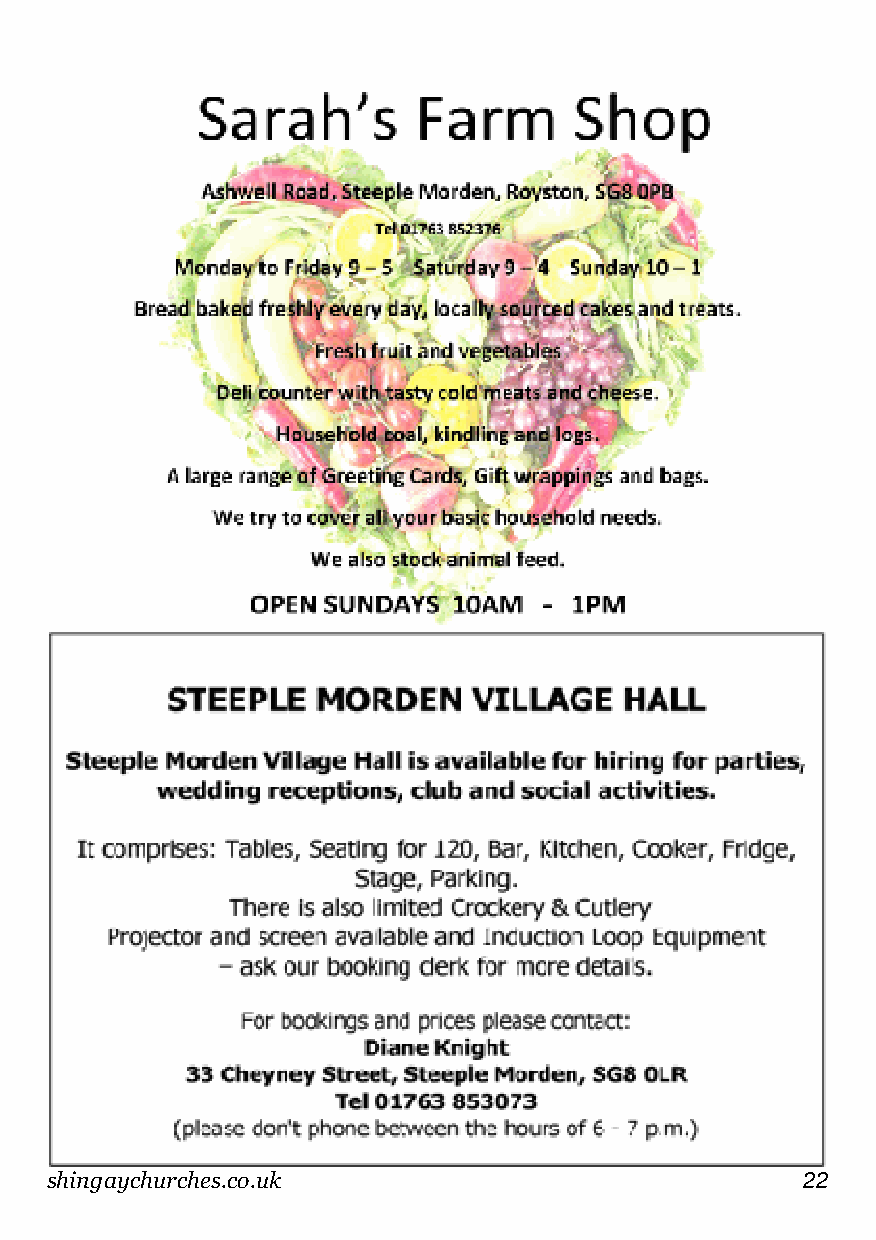
shingaychurches.co.uk                             22